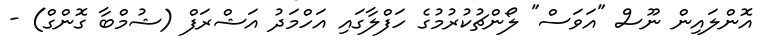
އޮންލައިން ނޫސް "އަވަސް" ލޯންޗުކުރުމުގެ ހަފްލާގައި އަހްމަދު އަޝްރަފް (ޝުމްބާ ގޮންގް) -